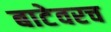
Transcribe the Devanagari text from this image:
बाटेवरच